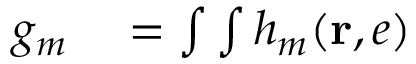
\begin{array} { r l } { g _ { m } } & { { } = \int \int h _ { m } ( \mathbf { r } , e ) } \end{array}